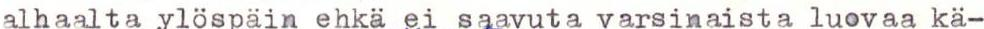
alhaalta ylöspäin ehkä ei saavuta varsinaista luovaa kä-